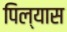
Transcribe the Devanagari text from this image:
पिल्यास